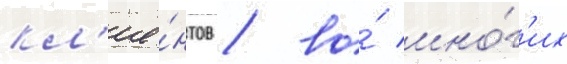
кл'ие́нтов / во́ мно́г'их